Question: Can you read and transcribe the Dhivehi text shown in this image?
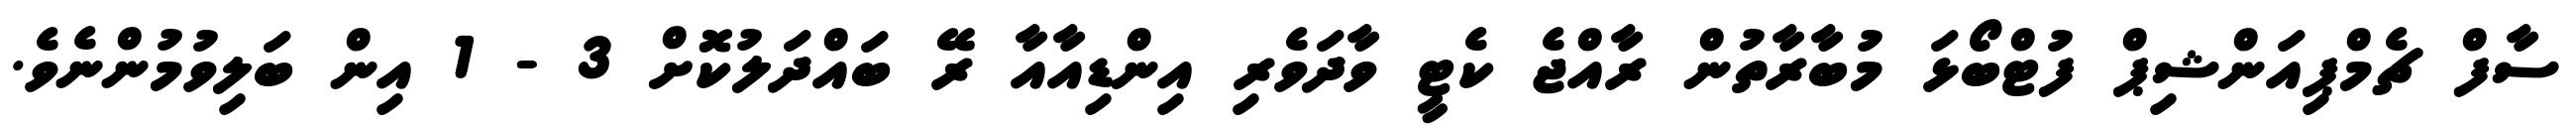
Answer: ސާފް ޗެމްޕިއަންޝިޕް ފުޓްބޯޅަ މުބާރާތުން ރާއްޖެ ކެޓީ ވާދަވެރި އިންޑިއާއާ ރޭ ބައްދަލުކޮށް 3 - 1 އިން ބަލިވުމުންނެވެ.